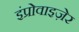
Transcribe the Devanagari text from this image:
इंप्रोवाइज़ेर